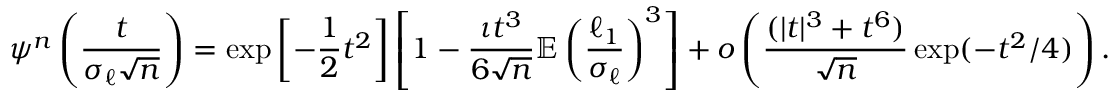
\psi ^ { n } \left( \frac { t } { \sigma _ { \ell } \sqrt { n } } \right) = \exp \left[ - \frac { 1 } { 2 } t ^ { 2 } \right] \left[ 1 - \frac { \iota t ^ { 3 } } { 6 \sqrt { n } } \mathbb { E } \left( \frac { \ell _ { 1 } } { \sigma _ { \ell } } \right) ^ { 3 } \right] + o \left( \frac { ( | t | ^ { 3 } + t ^ { 6 } ) } { \sqrt { n } } \exp ( - t ^ { 2 } / 4 ) \right) .